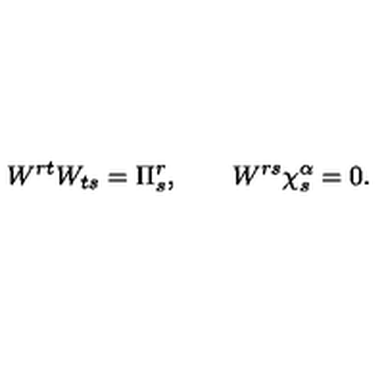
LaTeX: W ^ { r t } W _ { t s } = \Pi _ { s } ^ { r } , \qquad W ^ { r s } \chi _ { s } ^ { \alpha } = 0 .